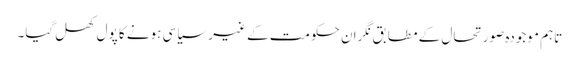
تاہم موجودہ صورتحال کے مطابق نگران حکومت کے غیر سیاسی ہونے کا پول کھل گیا۔